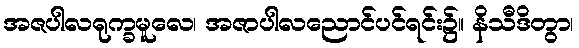
အဇပါလရုက္ခမူလေ၊ အဇာပါလညောင်ပင်ရင်း၌။ နိသီဒိတွာ၊